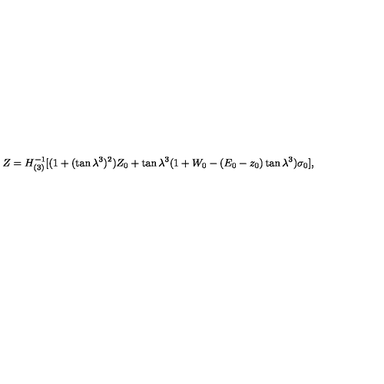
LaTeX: Z = H _ { ( 3 ) } ^ { - 1 } [ ( 1 + ( \tan \lambda ^ { 3 } ) ^ { 2 } ) Z _ { 0 } + \tan \lambda ^ { 3 } ( 1 + W _ { 0 } - ( E _ { 0 } - z _ { 0 } ) \tan \lambda ^ { 3 } ) \sigma _ { 0 } ] ,